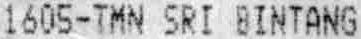
1605-TMN SRI BINTANG